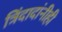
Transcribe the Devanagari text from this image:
त्रिंदादांनीही